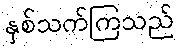
နှစ်သက်ကြသည်